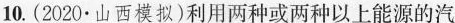
10.(2020·山西模拟)利用两种或两种以上能源的汽